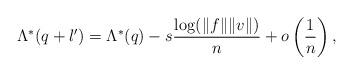
LaTeX: \begin{align*}\Lambda^*(q+l') = \Lambda^{*}(q) - s \frac{\log (\|f\| \|v\|)}{n} + o \left( \frac{1}{n} \right), \end{align*}